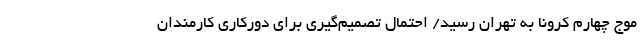
موج چهارم کرونا به تهران رسید/ احتمال تصمیم‌گیری برای دورکاری کارمندان